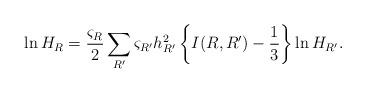
LaTeX: \begin{align*}\ln H_R=\frac{\varsigma_R}{2}\sum_{R'}\varsigma_{R'}h_{R'}^2 \left\{ I(R,R')-\frac{1}{3} \right\}\ln H_{R'}.\end{align*}